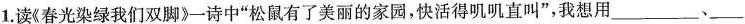
1.读《春光染绿我们双脚》诗中”松鼠有了美丽的家园，快活得叽叽直叫”，我想用\underline、\underline